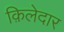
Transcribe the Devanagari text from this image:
क़िलेदार